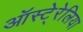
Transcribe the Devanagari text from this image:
ऑस्टे्रेलिया